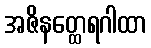
အဇိနတ္ထေရဂါထာ